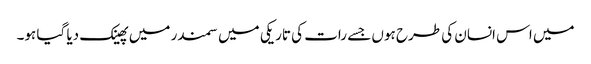
میں اس انسان کی طرح ہوں جسے رات کی تاریکی میں سمندر میں پھینک دیا گیا ہو۔